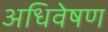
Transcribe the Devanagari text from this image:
अधिवेषण